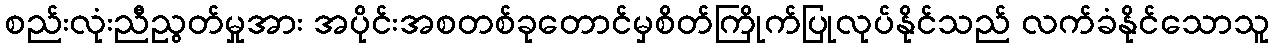
စည်းလုံးညီညွတ်မှုအား အပိုင်းအစတစ်ခုတောင်မှစိတ်ကြိုက်ပြုလုပ်နိုင်သည် လက်ခံနိုင်သောသူ